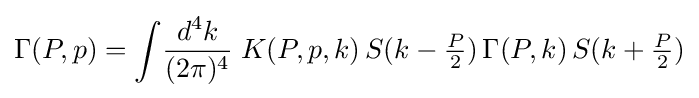
\Gamma (P,p)=\int \!{\frac {d^{4}k}{(2\pi )^{4}}}\;K(P,p,k)\,S(k-{\tfrac {P}{2}})\,\Gamma (P,k)\,S(k+{\tfrac {P}{2}})